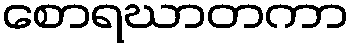
စောရဃာတကာ